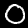
Digit: 0